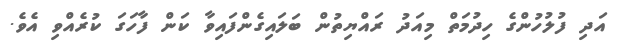
އަދި ފުލުހުންގެ ހިދުމަތް މިއަދު ރައްޔިތުން ބަލައިގެންފައިވާ ކަން ފާހަގަ ކުރެއްވި އެވެ.